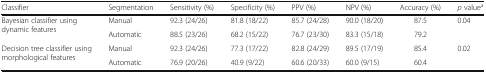
<table><thead><tr><td><b>Classifier</b></td><td><b>Segmentation</b></td><td><b>Sensitivity (%)</b></td><td><b>Specificity (%)</b></td><td><b>PPV (%)</b></td><td><b>NPV (%)</b></td><td><b>Accuracy (%)</b></td><td><b><i>p</i> value<sup>a</sup></b></td></tr></thead><tbody><tr><td rowspan="2">Bayesian classifier using dynamic features</td><td>Manual</td><td>92.3 (24/26)</td><td>81.8 (18/22)</td><td>85.7 (24/28)</td><td>90.0 (18/20)</td><td>87.5</td><td rowspan="2">0.04</td></tr><tr><td>Automatic</td><td>88.5 (23/26)</td><td>68.2 (15/22)</td><td>76.7 (23/30)</td><td>83.3 (15/18)</td><td>79.2</td></tr><tr><td rowspan="2">Decision tree classifier using morphological features</td><td>Manual</td><td>92.3 (24/26)</td><td>77.3 (17/22)</td><td>82.8 (24/29)</td><td>89.5 (17/19)</td><td>85.4</td><td>0.02</td></tr><tr><td>Automatic</td><td>76.9 (20/26)</td><td>40.9 (9/22)</td><td>60.6 (20/33)</td><td>60.0 (9/15)</td><td>60.4</td><td></td></tr></tbody></table>